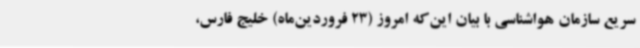
سریع سازمان هواشناسی با بیان این‌که امروز (23 فروردین‌ماه) خلیج فارس،